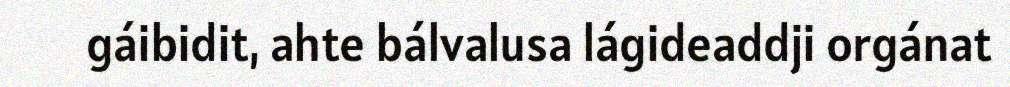
gáibidit, ahte bálvalusa lágideaddji orgánat